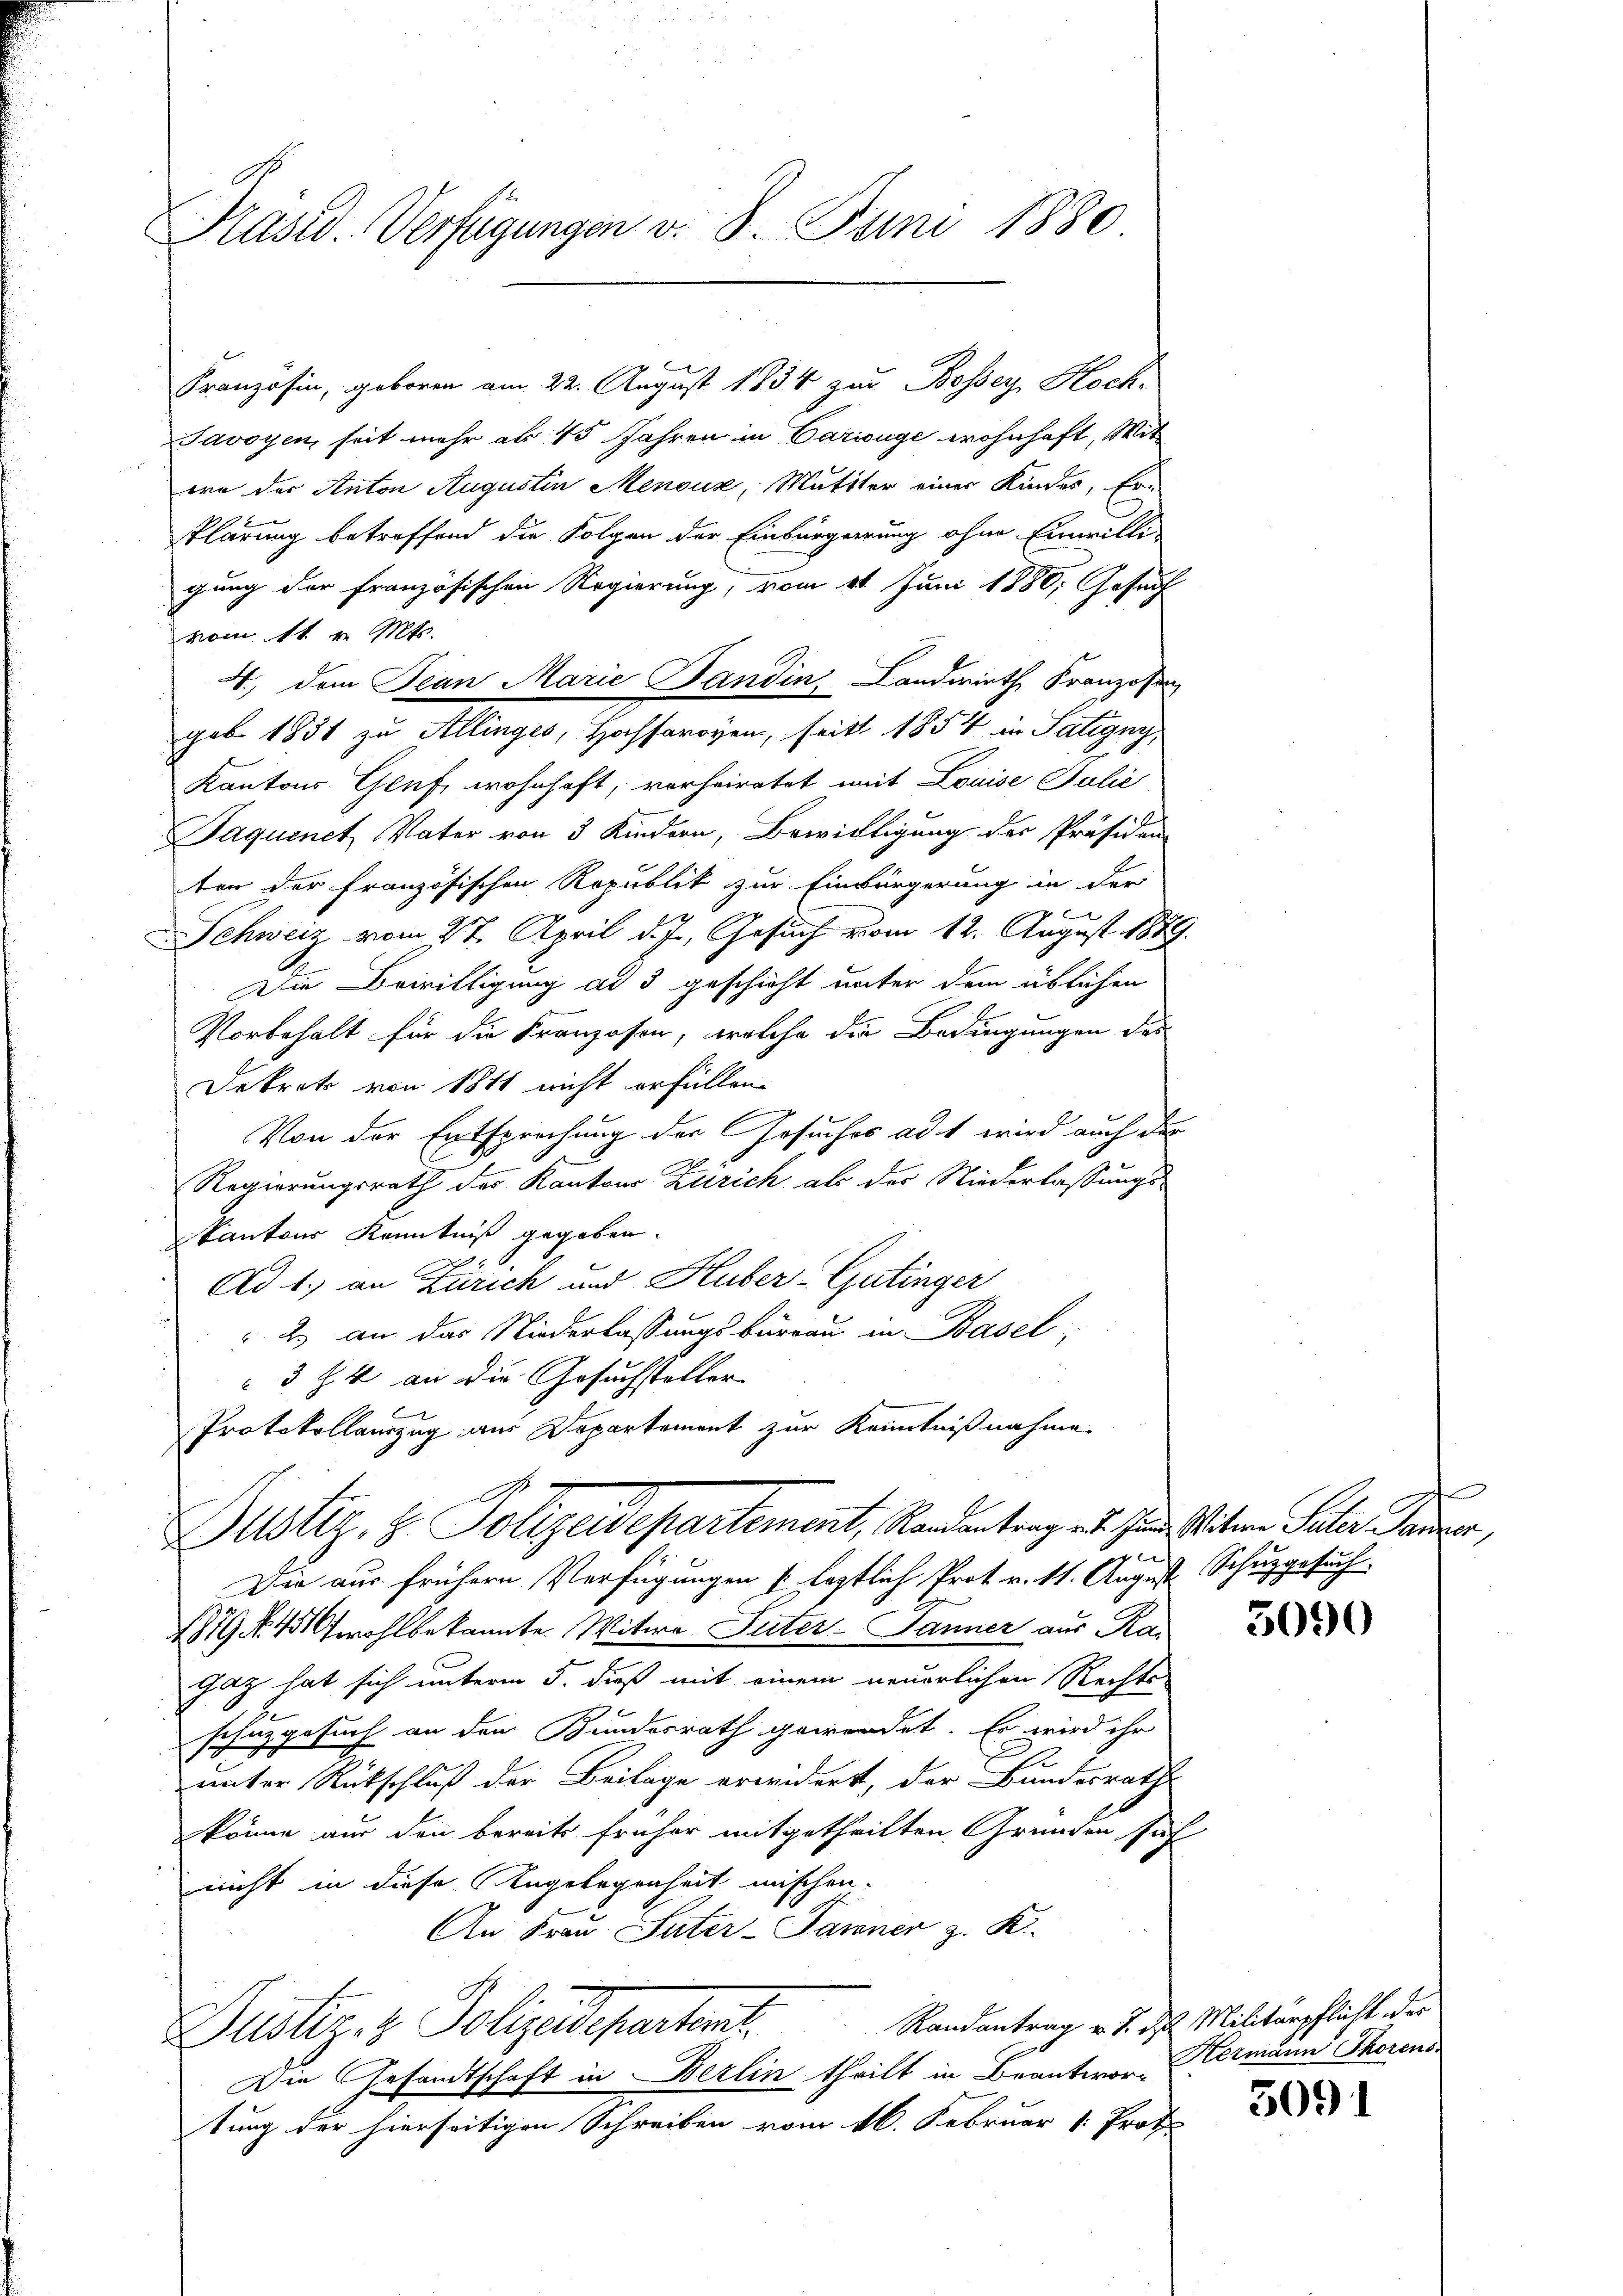
Präsid. Verfügungen v. 8. Juni 1880

g
Französin, geboren am 22. August 1834 zur Bossey Hoch-
Javoyen, seit mehr als 45 Jahren in Caringe wohnhaft, Mitora der Anton Augustin Menoux, Mutter einer Kindes, Er-
klärung betreffend die Folgen der Einbürgerrung ohne Einwilligung der Französischen Regierung, vom 21. Juni 1880; Gesuch
vom 11. v. Mts.
4, dem Jean Marie Sandin, Landwirth Franzosen
geb. 1831 zu Allinges, Hochsaroyen, seits 1854 in Satigny,
Kantons Gruf, wohnhaft, verheiratet mit Louise Julie
Jaquinet Vater von 3 Kindern, Bewilligung der Präsiden
ten der Französischen Republik zur Einbürgerung in der
t
Schweiz vom 27. April d. Js. Gesuch vom 12. August 1879.
Die Bewilligung ad 3 geschicht unter dem üblichen
Vorbehalt für die Franzosen, welche die Bedingungen des
Dekret von 1811 nicht erfüllen.
g
Von der Entsprechung der Gesuches ad 1 wird auch der
Regierungsrath des Kantons Zürich als der Niederlassungs-
kantons Kenntniß gegeben.
 2
Ad 1., an Zürich und Huber-Gutinger
2.) an das Niederlassungsbureau in Basel,
3 Z. 4 an die Gesuchsteller
Protokollauszug aus Departement zur Kenntnißnahme
Dustiz- & Polizeidepartement, Randentrag an Hrn. Seiteren Peter Pander,
Die aus frühern Verfügungen leztlich Prot. v. 11. August Schuhgesuch
1879 No. 431 wohlbekannte Witwe Suter- Jänner aus Kan
Zaz hat sich unterm 5. dieß mit einem neuerlichen Rechts-
schnzgesuch an den Bundesrath gewendet. Er wird ihr
e
unter Rückschluß der Beilage erwidert, der Bundesraths
könne aus den bereits früher mitgetheilten Gründen sich
nicht in diese Angelegenheit mischen.
An Frau Suter-Panner z. K.
Justiz- & Polizeideparterit. Kandantrag d. Js. Mitterpflicht der
Die Gesandtschaft in Berlin theilt in Beantwor-
tung der hierseitigen Schreiben vom 16. Februar 1. Prof.

t

5090

Hermann Thorens

5091